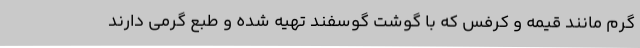
گرم مانند قیمه و کرفس که با گوشت گوسفند تهیه شده و طبع گرمی دارند